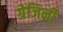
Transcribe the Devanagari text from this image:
ग्रेजिनी